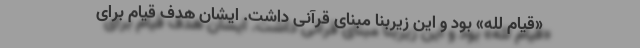
«قیام لله» بود و این زیربنا مبنای قرآنی داشت. ایشان هدف قیام برای